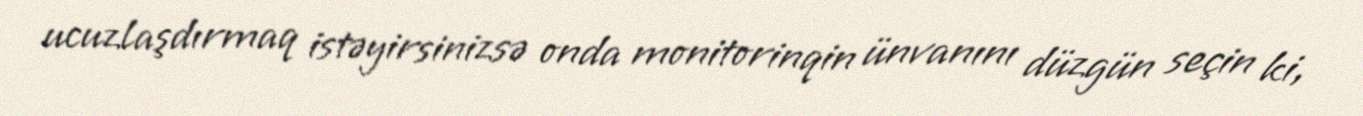
ucuzlaşdırmaq istəyirsinizsə onda monitorinqin ünvanını düzgün seçin ki,